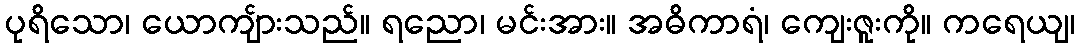
ပုရိသော၊ ယောကျ်ားသည်။ ရညော၊ မင်းအား။ အဓိကာရံ၊ ကျေးဇူးကို။ ကရေယျ၊